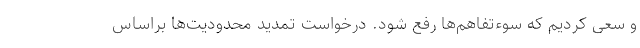
و سعی کردیم که سوءتفاهم‌ها رفع شود. درخواست تمدید محدودیت‌ها براساس